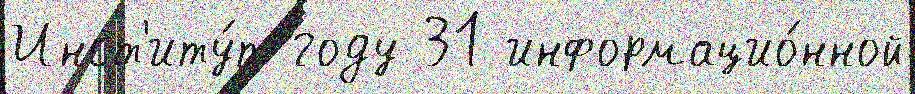
Инст'иту́т году 31 информацио́нной